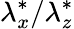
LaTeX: {\lambda}_{x}^{*}/{\lambda}_{z}^{*}